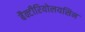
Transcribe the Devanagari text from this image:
बैक्टीरियोलयसिन